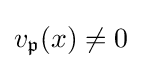
v_{\mathfrak {p}}(x)\not =0